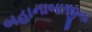
બહાનાબાજીના